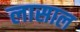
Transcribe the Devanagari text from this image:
लासाल